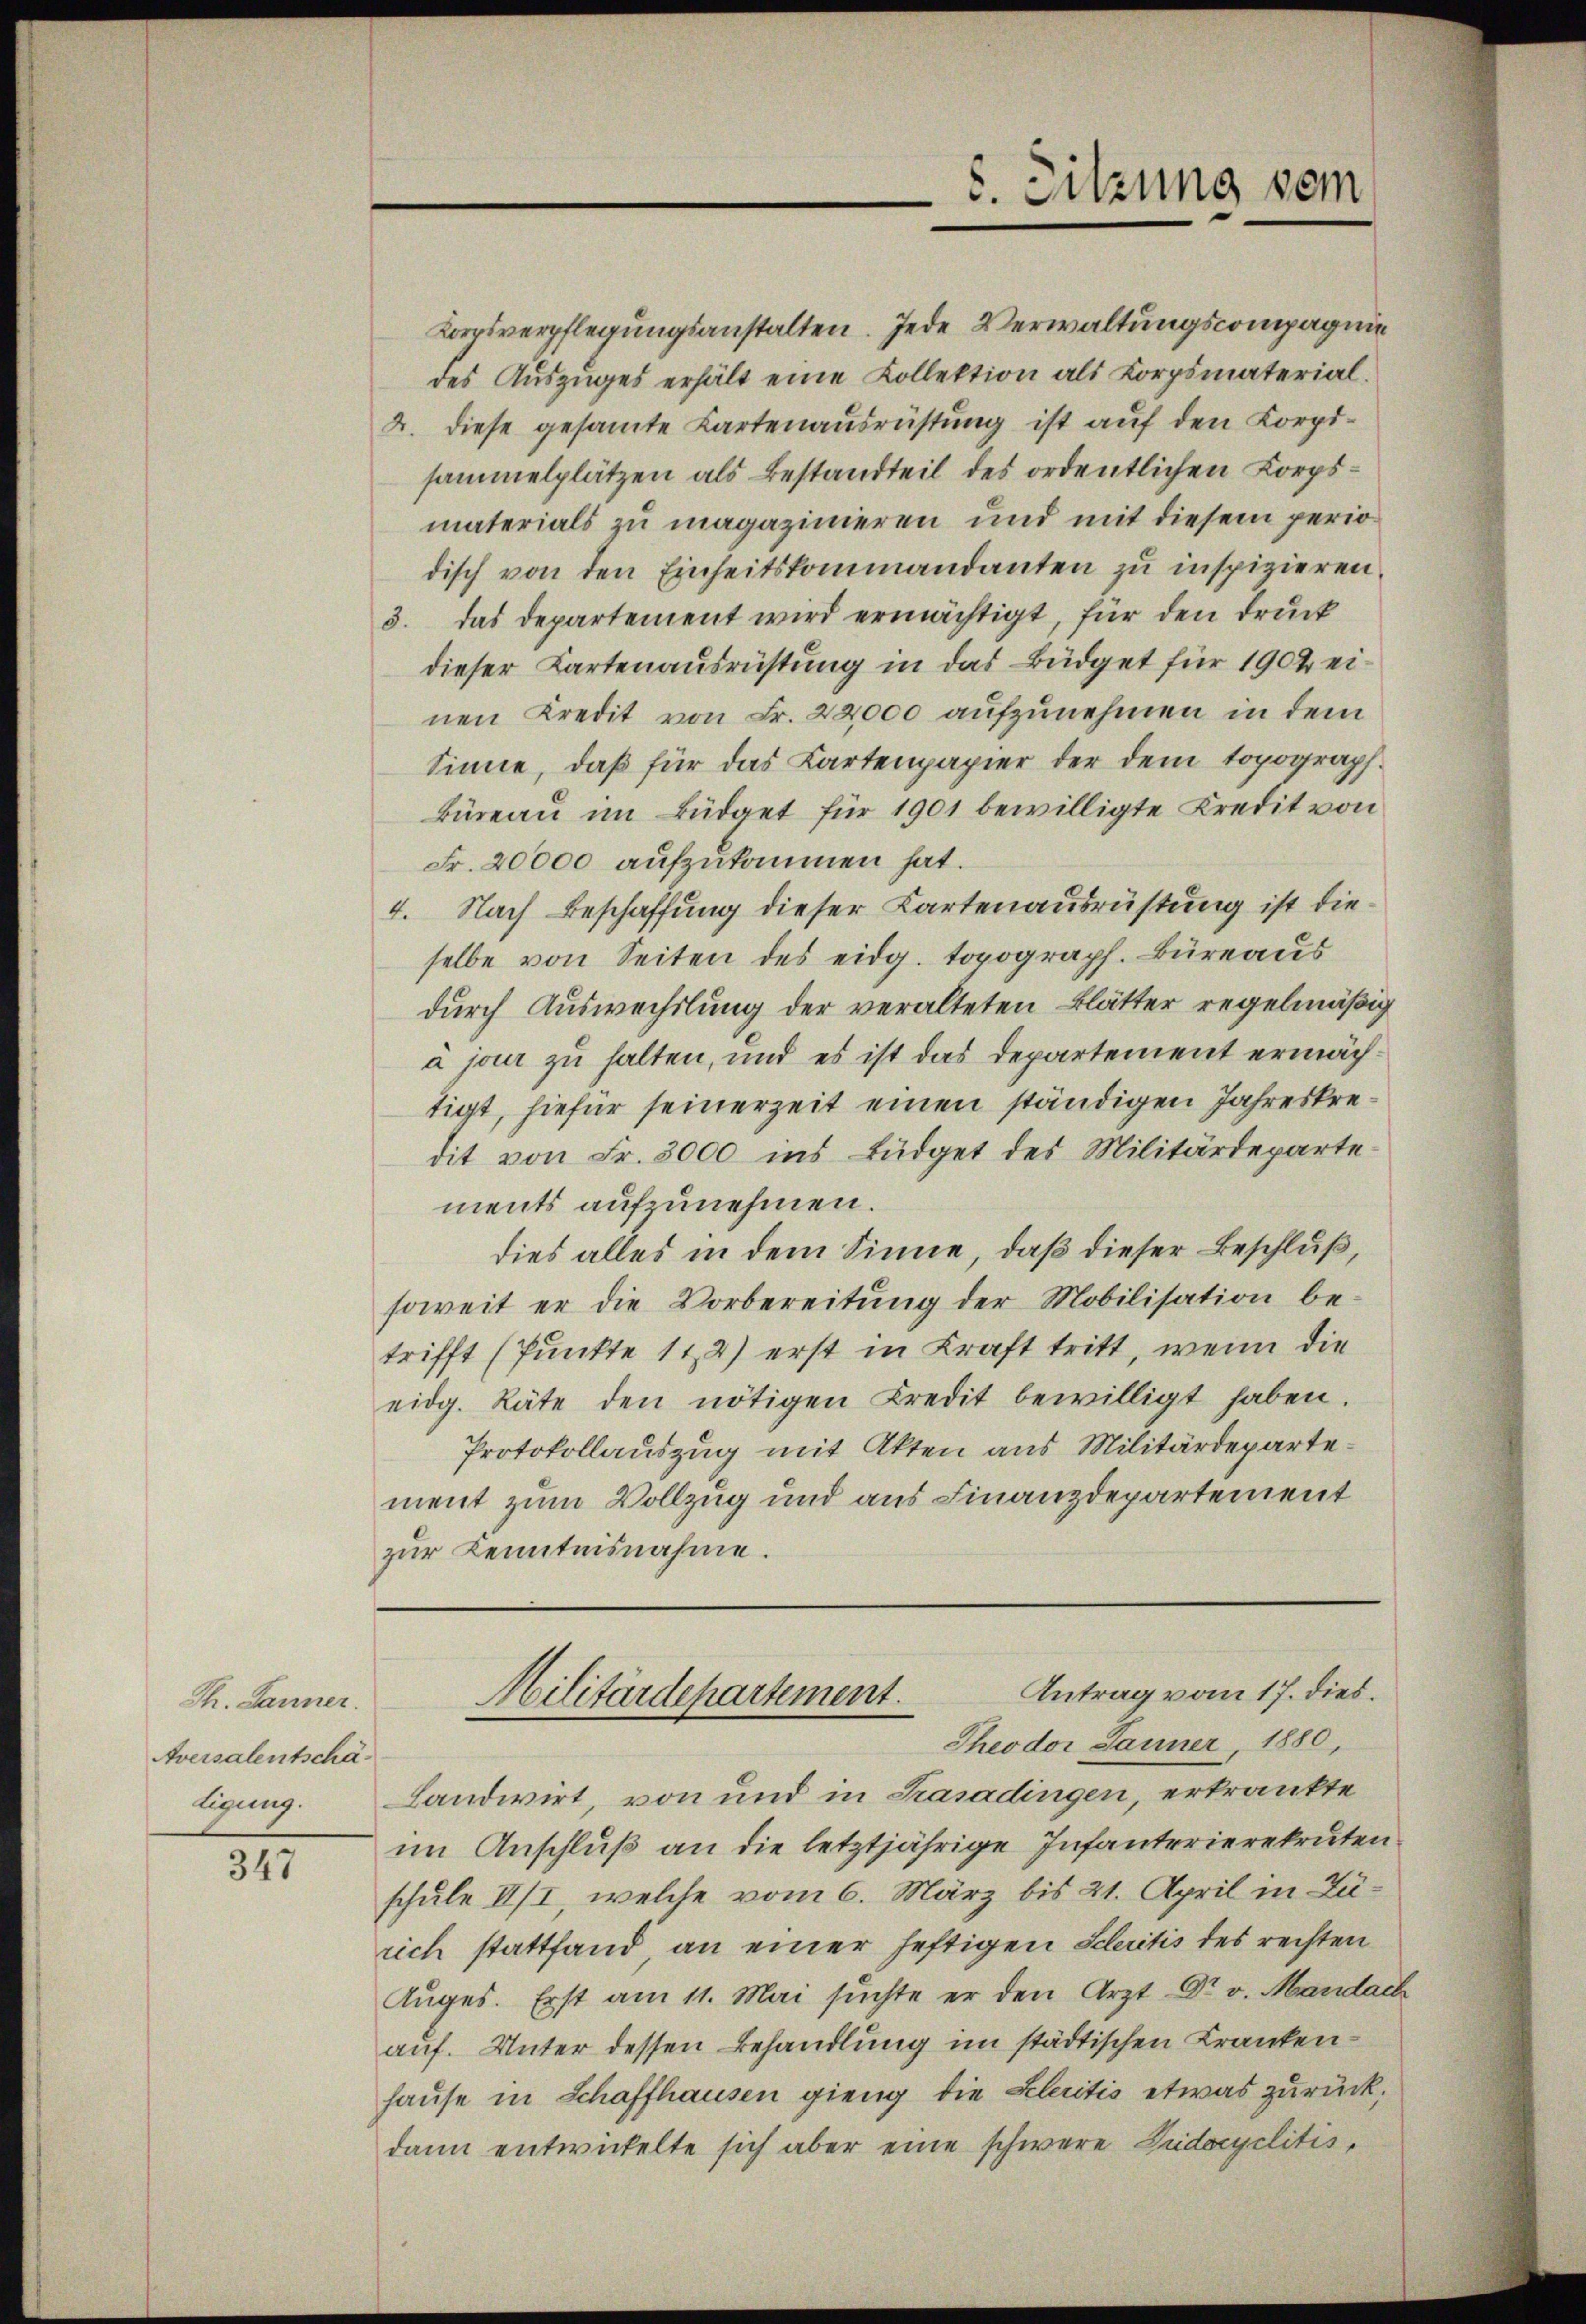
Th. Danner.
Aversalentschäligung.

347

Korsverpflegungsanstalten. Jede Verwaltungscompagnie
des Auszuges erhält eine Kollektion als Korpsmaterial.
2. diese gesamte Kartenausrüstung ist auf den Korpi-
sammelplätzen als Bestandteil des ordentlichen Korpsmaterials zu magazinieren und mit diesem periodisch von den Einheitskommandanten zu inspizieren.
3. das departement wird ermächtigt, für den Druck
dieser Kartenausrüstung in das Büdget für 1904 einen Kredit von Fr. 22,000 aufzunehmen in dem
Sinne, daß für das Kartenpapier der dem topograph
Büreau im Büdget für 1901 bewilligte Kredit von
Fr. 20000 aufzukommen hat.
4. Nach Beschaffung dieser Kartenausrüstung ist die
selbe von Seiten des eidg. topograph. Büreaus
durch Auswechslung der veralteten Blätter regelmäßig
à jour zu halten, und es ist das Departement ermächtigt, hiefür seinerzeit einen ständigen Jahreskredit von Fr. 3000 ins Büdget des Militärdeparte
ments aufzunehmen.
dies alles in dem Sinne, daß dieser Beschluß,
soweit er die Vorbereitŭng der Mobilisation be-
trifft (Punkte 11 2) erst in Kraft tritt, wenn die
eidg. Räte den nötigen Credit bewilligt haben.
Protokollauszug mit Akten aus Militärdepartement zum Vollzug und aus Finanzdepartement
zur Kenntnisnahme.

5. Sitzung sein

Antrag vom 17. dies.
Militärdepartement.
Theodor Janner, 1880,

Landwirt, von und in Trasadingen, erkränkte
im Anschluß an die letztjährige Infanterierekruten
schule II/I, welche vom 6. März bis 21. April in Zürich stattfand an einer heftigen Kleritis des rechten
Auges. Erst am 11. Mai suchte er den Arzt Dr. v. Mandach
auf. Unter dessen Behandlung im städtischen Krankenhause in Schaffhausen gieng die Eleitis etwas zurück,
dann entwickelte sich aber eine schwere Pudocyclitis